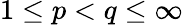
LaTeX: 1\leq p<q\leq\infty